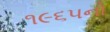
૧૯૬૫નો